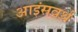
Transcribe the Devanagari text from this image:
आइंसवर्थ